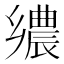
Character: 𮞀